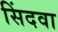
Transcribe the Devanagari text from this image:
सिंदवा